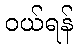
ဝယ်ရန်